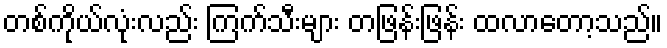
တစ်ကိုယ်လုံးလည်း ကြက်သီးများ တဖြန်းဖြန်း ထလာတော့သည်။